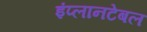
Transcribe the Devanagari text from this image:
इंप्लानटेबल